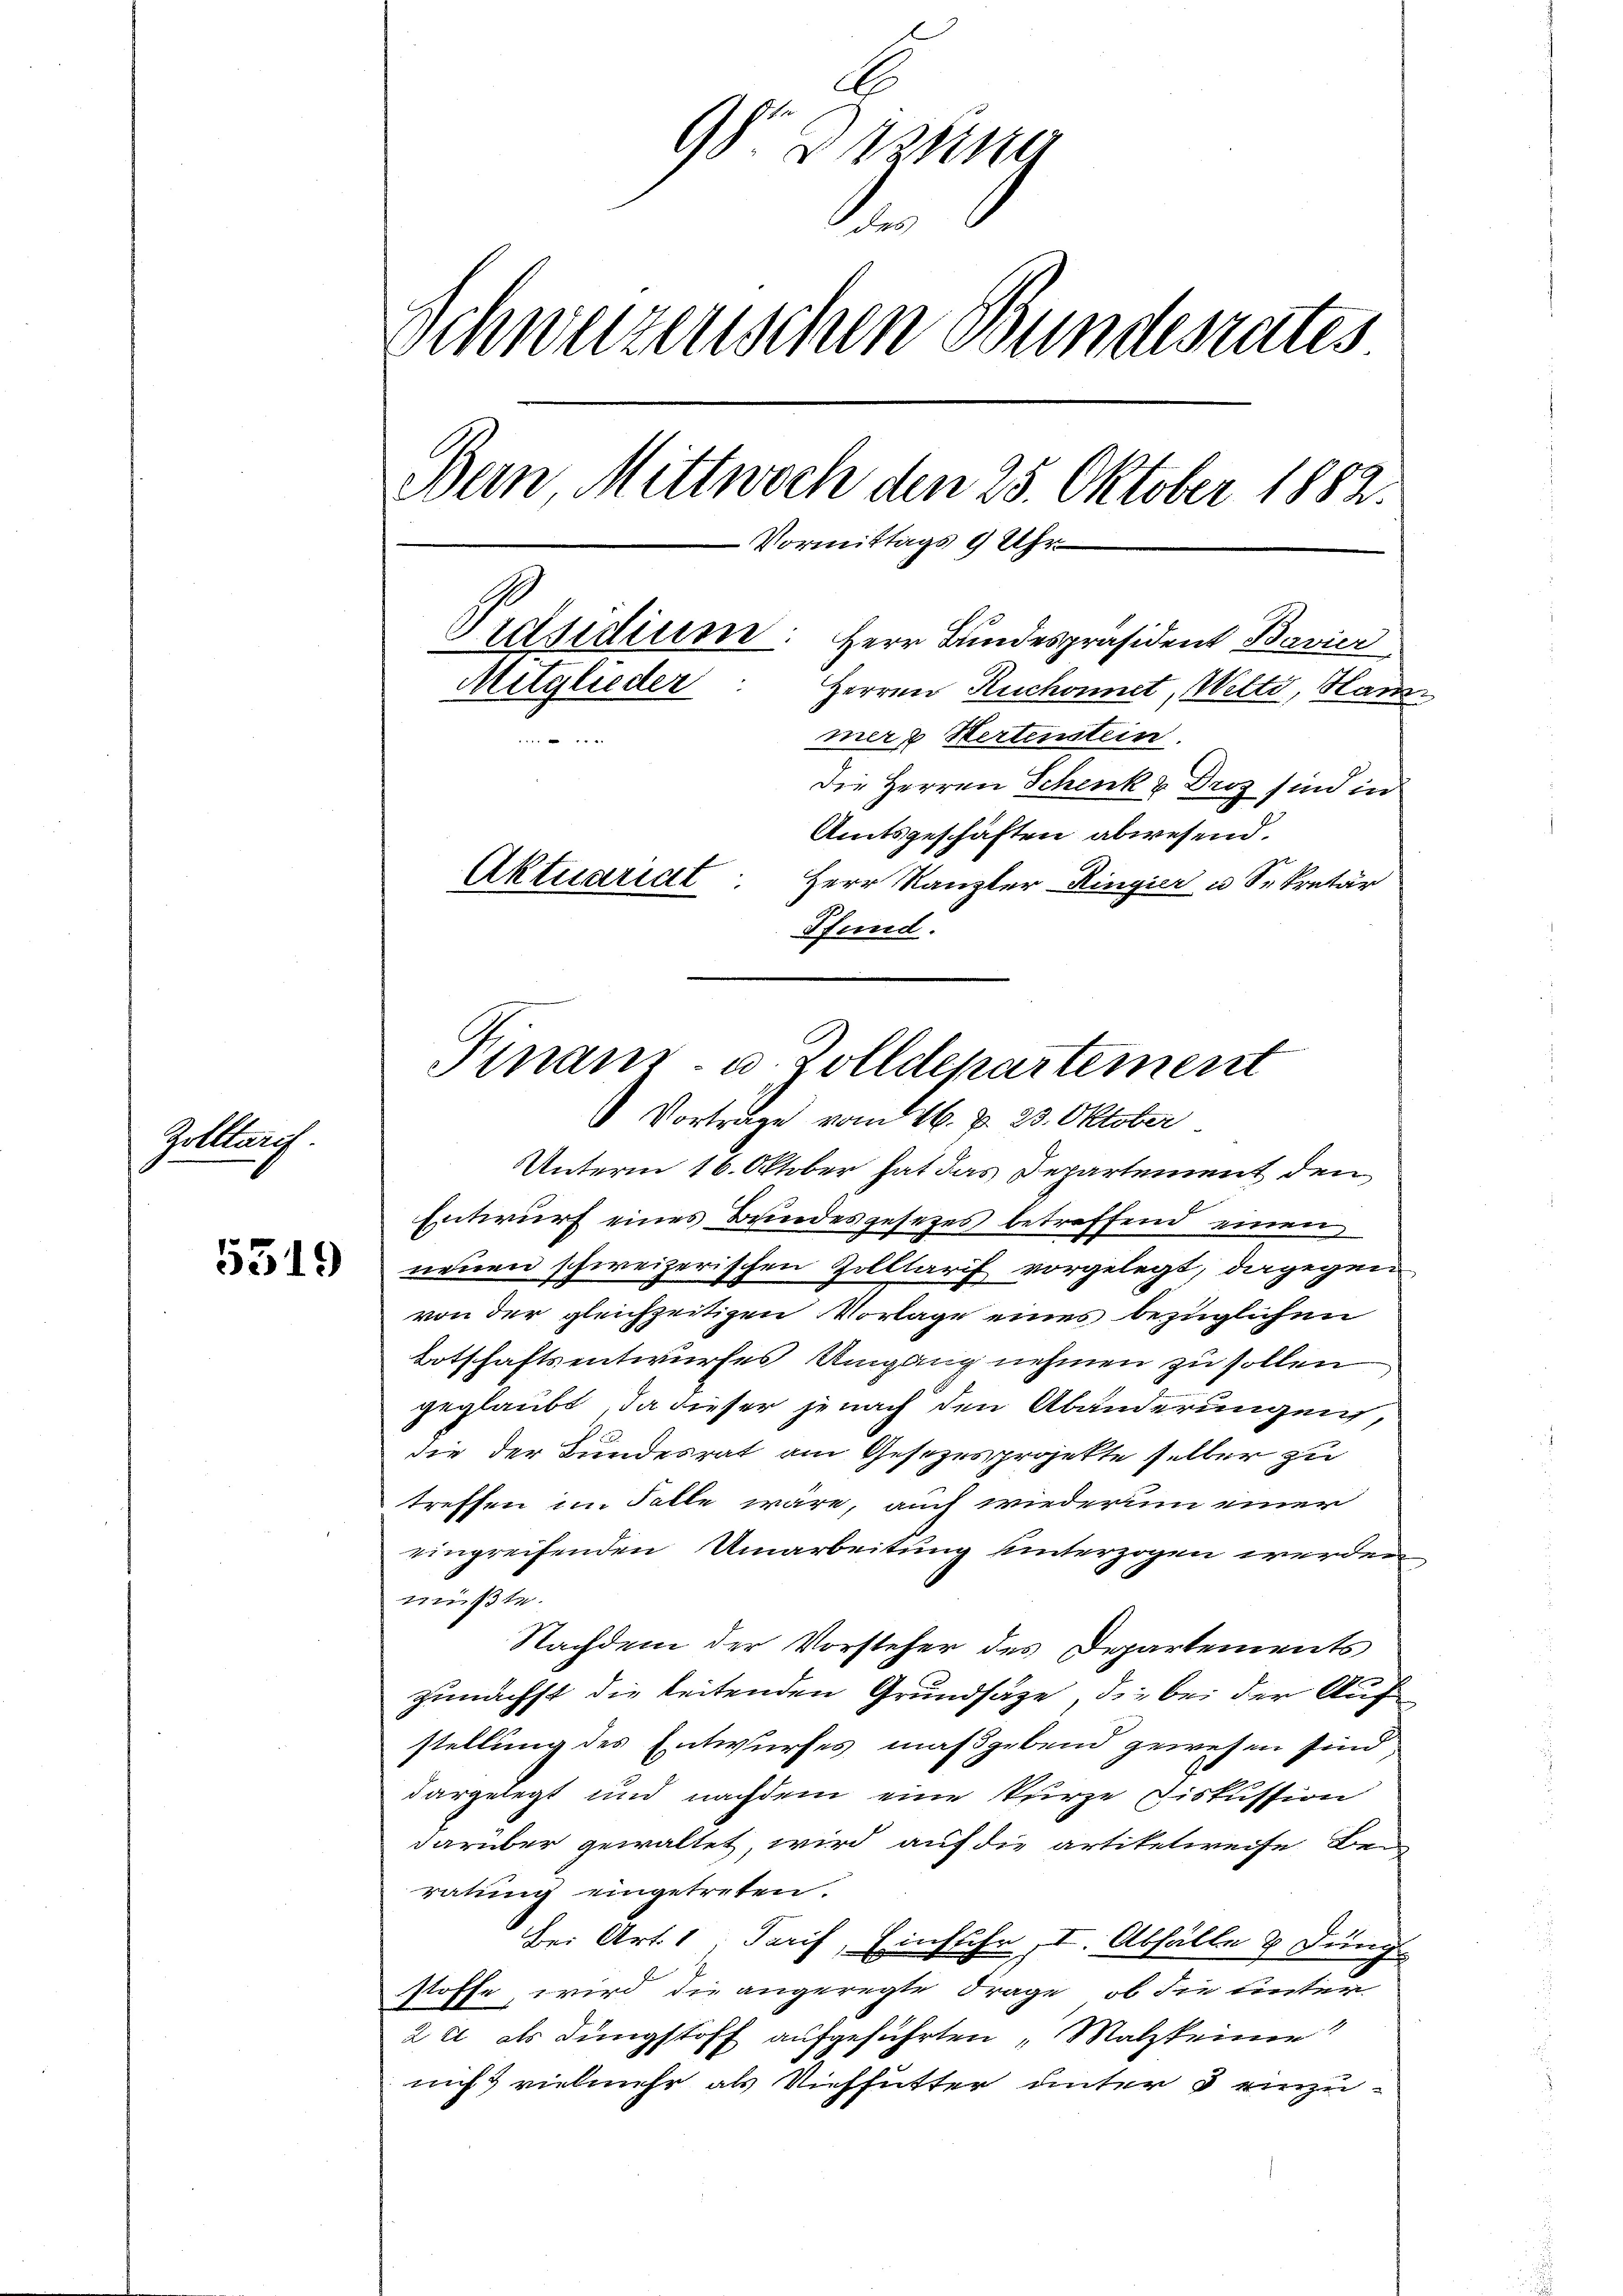
Zolltarif

5519

98. Dazung
e
Schweizerischen Bundesrates
Dein Mittwoch den 25. Oktober 1882.
Vormittags 9 Uhr
Präsidium. Herr Bundespräsident Bavier
Mitglieder
Herren Ruchonnet, Welti, Hammer Hertenstein.

Die Herren Schenk & Droz sind in
Amtsgeschäften abwesend.
Aktuariat Herr Kanzler-Ringier u Sekretär
Pfund.

Finanz- u. Zolldepartement
Vorträge vom 16. d. 23. Oktober

Unterm 16. Oktober hat das Departement den
Entwurf eines Bundesgesetzes betreffend einen
neuen schweizerischen Zolltarif vorgelegt, dagegen
von der gleichzeitigen Vorlage eines bezüglichen
Botschaftsentwurfes Umgang nehmen zu sollen
geglaubt, da dieser jenach den Abänderungen,
die der Bundesrat am Gesezesprojekte selber zu
treffen im Falle wäre, auch wiederum einer
eingreifenden Umarbeitung unterzogen werden
müßte.
Nachdem der Vorsteher des Departements
zunächst die leitenden Grundsätze, die bei der Auf
stellung des Entwurfes maßgebend gewesen sind,
dargelegt und nachdem eine kurze Fiskussion
darüber gewaltet, wird auf die artikelweise Beratung eingetreten.
Bei Art. 1; Tarif, Einfuhr, I. Abfälle 3 Jung
stoffe, wird die angeregte Frage, ob die unter
2 et als dingstoff aufgeführten „Malzkeinen
nicht vielmehr als Niehfutter unter & einzu¬